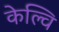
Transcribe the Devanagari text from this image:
केल्वि